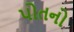
પોતનો